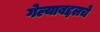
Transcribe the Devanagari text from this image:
गेल्याबद्दलचे